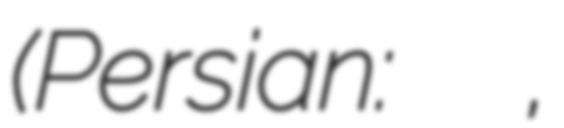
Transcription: (Persian: محمود گودرزی,